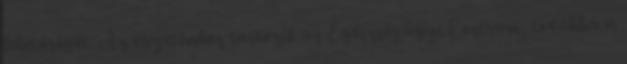
lehetõségét. Az egyetemhez tartozik az Egészségügyi Centrum, továbbá a